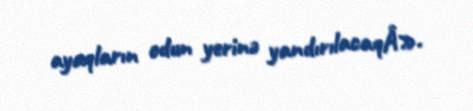
ayaqların odun yerinə yandırılacaqÂ».